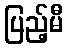
ပြည့်မီ